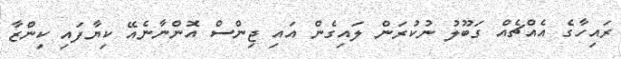
ރައިހާގެ އެއްޗެއް ގަބޫލު ނުކުރަން ލައިގެން އައި ޖިންސް އޮންނާނެއޭ ކިޔާފައި ކިންޒާ